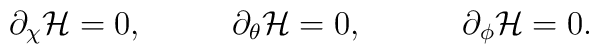
\partial_\chi {\cal H} = 0, ~~~~~~~~ \partial_\theta {\cal H} = 0,~~~~~~~~~\partial_\phi {\cal H} = 0.